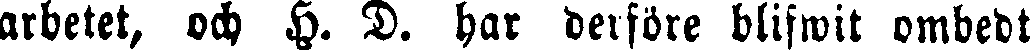
arbetet, och H. D. har derföre blifwit ombedt